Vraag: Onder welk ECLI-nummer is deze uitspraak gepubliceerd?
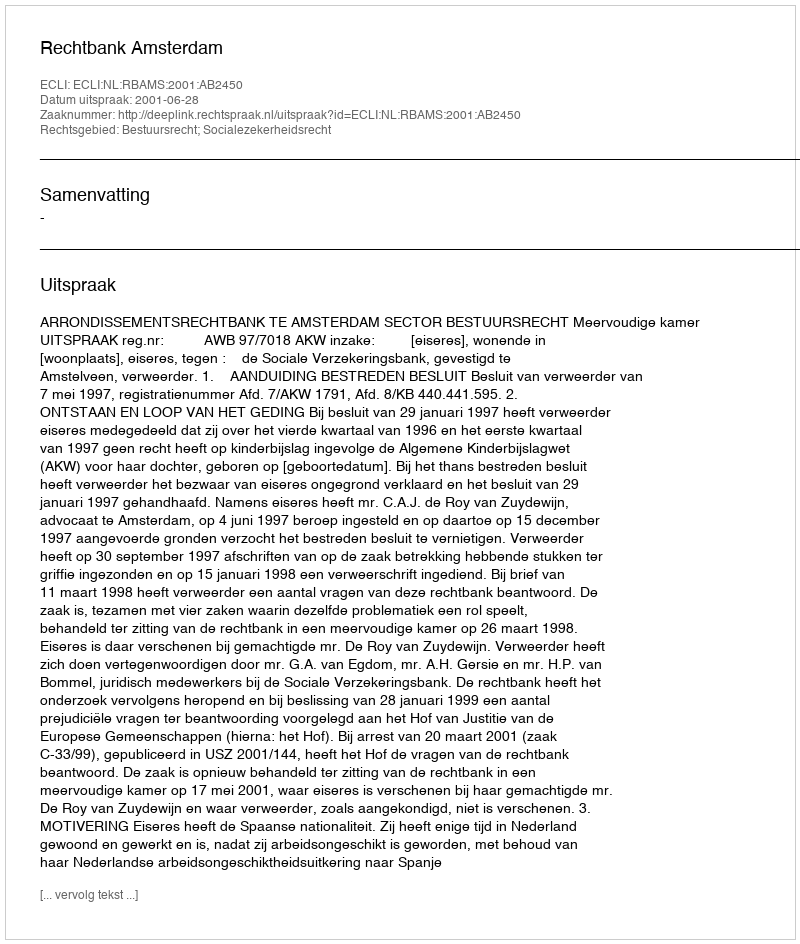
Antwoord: ECLI:NL:RBAMS:2001:AB2450